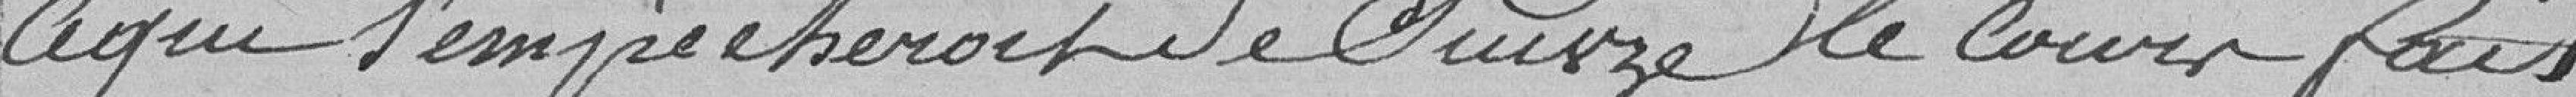
ce qui l'empêcherait de suivre le cours fait